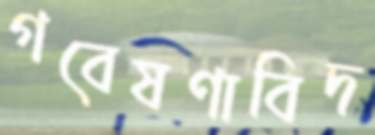
গবেষণাবিদ